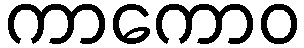
ကာကောဝ